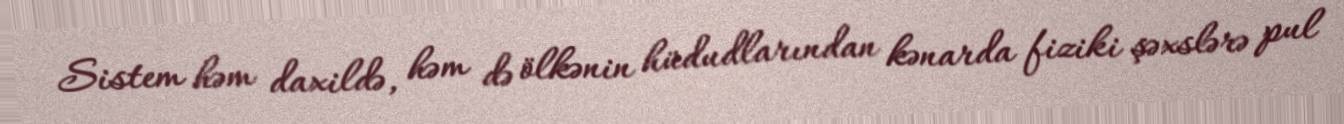
Sistem həm daxildə, həm də ölkənin hüdudlarından kənarda fiziki şəxslərə pul